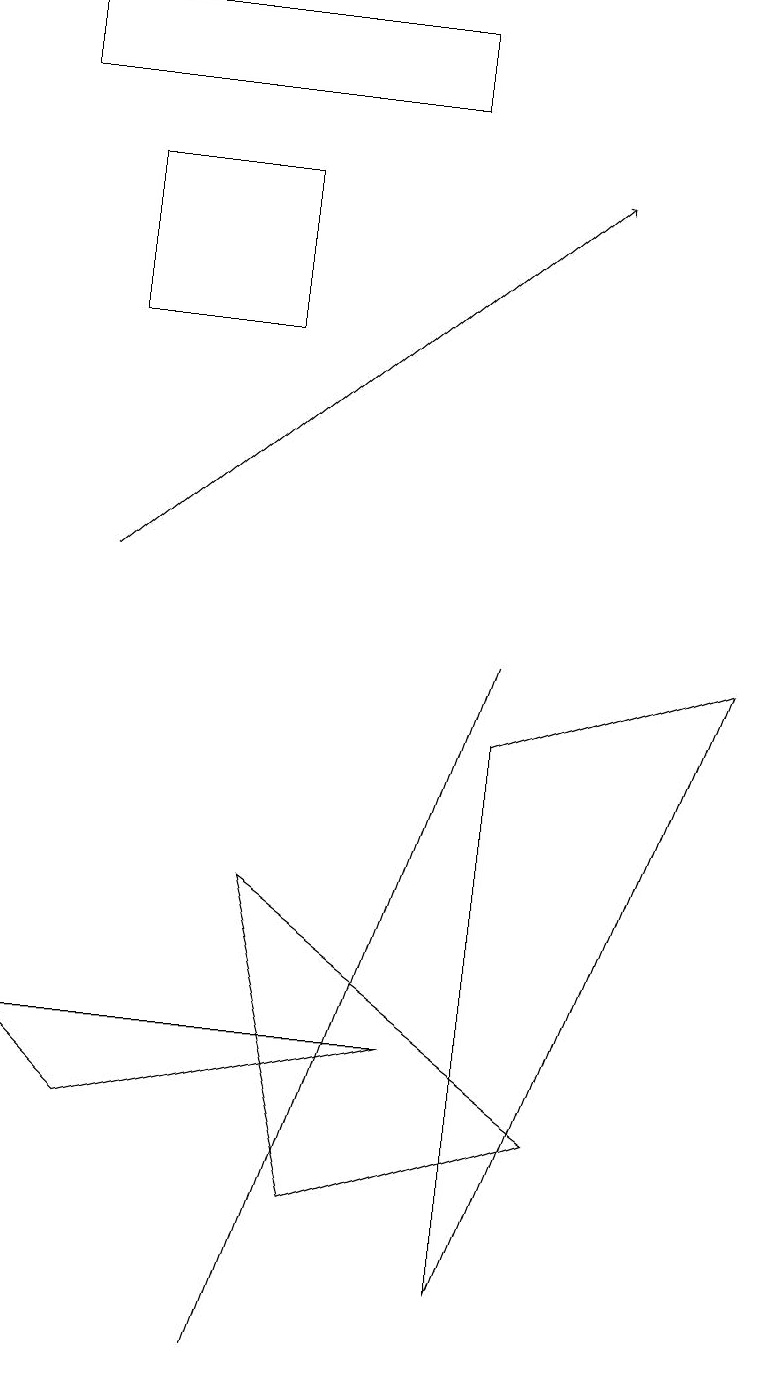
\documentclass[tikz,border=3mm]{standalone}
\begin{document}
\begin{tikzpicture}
\draw (6,8) -- (6,1) -- (9,9) -- cycle;
\draw (0,17) rectangle (5,16);
\draw[->] (1,10) -- (7,15);
\draw (5,6) -- (6,9) -- (3,0) -- cycle;
\draw (1,13) rectangle (3,15);
\draw (5,4) -- (0,4) -- (1,3) -- cycle;
\draw (4,2) -- (7,3) -- (3,6) -- cycle;
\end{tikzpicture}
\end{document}